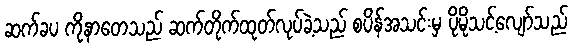
ဆက်ခပ ကိုနာတေသည် ဆက်တိုက်ထုတ်လုပ်ခဲ့သည် စပိန်အသင်းမှ ပိုမိုသင့်လျော်သည်